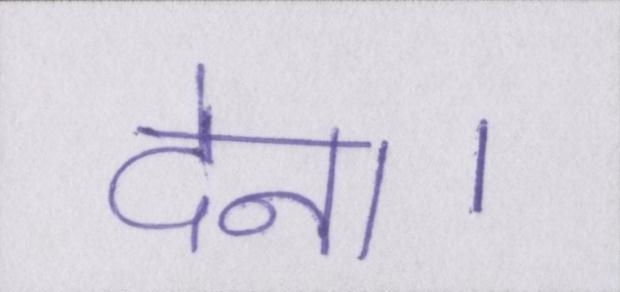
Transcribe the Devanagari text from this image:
देना।